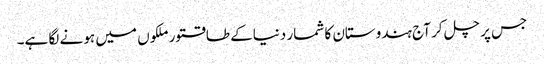
جس پر چل کر آج ہندوستان کا شمار دنیاکے طاقتورملکوں میں ہو نے لگا ہے۔